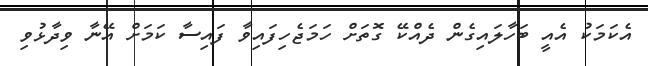
އެކަމަކު އެއީ ބަހާލައިގެން ދެއްކޭ ގޮތަށް ހަމަޖެހިފައިވާ ފައިސާ ކަމަށް އޭނާ ވިދާޅުވި